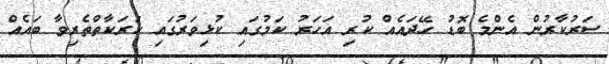
ސަރުކާރުން އެންމެ ބޮޑު ހޭދައެއް ކުރި އަހަރު ކަމުގައި ކުޅިވަރުގައި ހަރަކާތްތެރިވާ ބައެއް